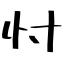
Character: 忖